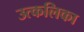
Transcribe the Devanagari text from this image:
उत्‍कलिका